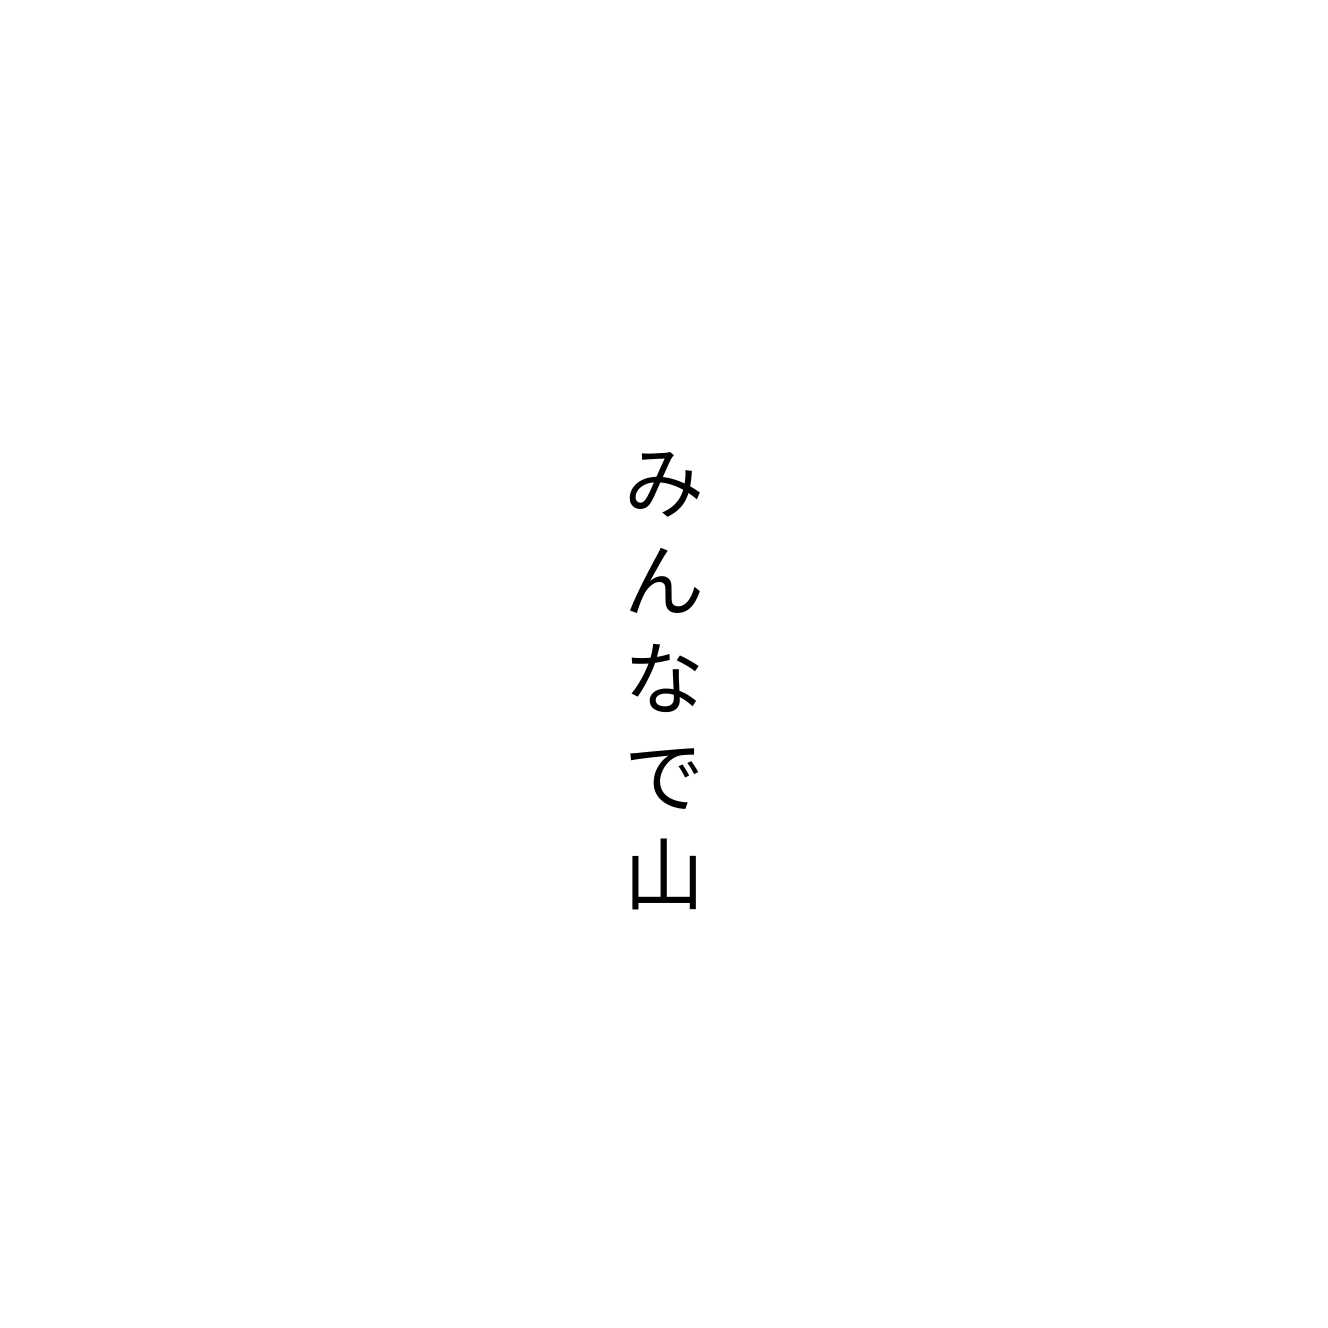
みんなで山